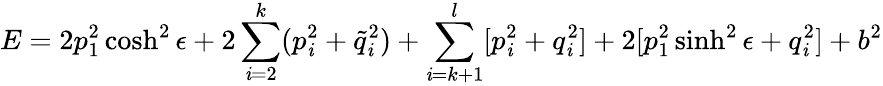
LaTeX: E=2p_{1}^{2}\cosh^{2}\epsilon+2\sum_{\mathit{i}=2}^{k}(p_{\mathit{i}}^{2}+\tilde{{q}}_{\mathit{i}}^{2})+\sum_{\mathit{i}=k+1}^{l}[p_{\mathit{i}}^{2}+q_{\mathit{i}}^{2}]+2[p_{1}^{2}\sinh^{2}\epsilon+q_{\mathit{i}}^{2}]+b^{2}